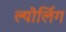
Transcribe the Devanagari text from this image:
ल्योर्लिग